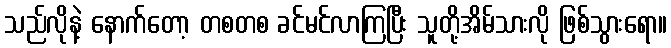
သည်လိုနဲ့ နောက်တော့ တစတစ ခင်မင်လာကြပြီး သူတို့အိမ်သားလို ဖြစ်သွားရော။